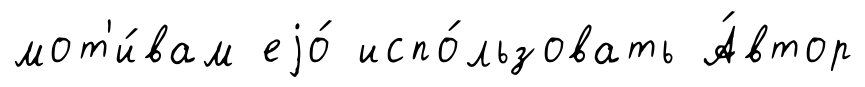
мот'и́вам еjо́ испо́льзовать А́втор